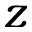
z